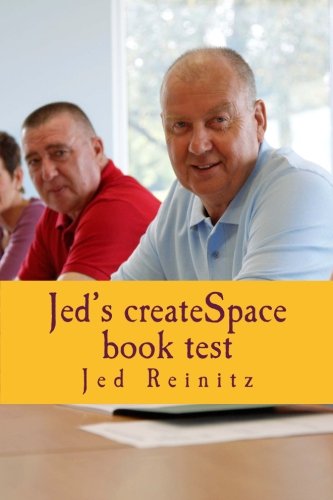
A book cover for Jed's createSpace book test: The Journey Begins; Jed Baraban Reinitz; Crafts, Hobbies & Home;